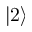
\left| 2 \right>